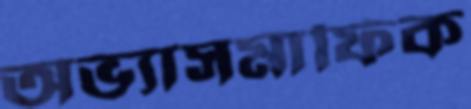
অভ্যাসমাফিক